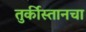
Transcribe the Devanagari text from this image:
तुर्कीस्तानचा